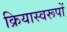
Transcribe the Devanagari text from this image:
क्रियास्वरूपों